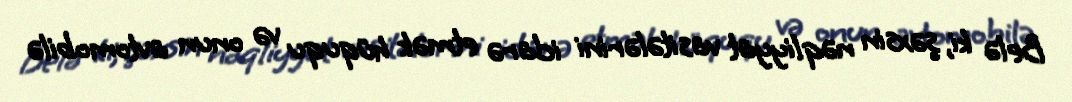
Belə ki, şəxsin nəqliyyat vasitələrini idarə etmək hüququ və onun avtomobilə